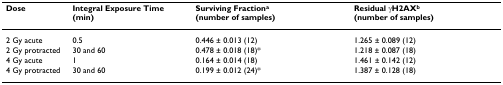
<table><thead><tr><td><b>Dose</b></td><td><b>Integral Exposure Time (min)</b></td><td><b>Surviving Fraction<sup>a </sup>(number of samples)</b></td><td><b>Residual γH2AX<sup>b </sup>(number of samples)</b></td></tr></thead><tbody><tr><td>2 Gy acute</td><td>0.5</td><td>0.446 ± 0.013 (12)</td><td>1.265 ± 0.089 (12)</td></tr><tr><td>2 Gy protracted</td><td>30 and 60</td><td>0.478 ± 0.018 (18)*</td><td>1.218 ± 0.087 (18)</td></tr><tr><td>4 Gy acute</td><td>1</td><td>0.164 ± 0.014 (18)</td><td>1.461 ± 0.142 (12)</td></tr><tr><td>4 Gy protracted</td><td>30 and 60</td><td>0.199 ± 0.012 (24)*</td><td>1.387 ± 0.128 (18)</td></tr></tbody></table>